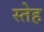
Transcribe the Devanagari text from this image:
स्तेह